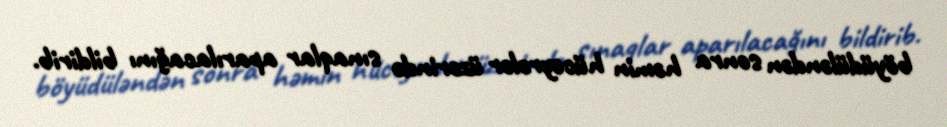
böyüdüləndən sonra həmin hüceyrələr üzərində sınaqlar aparılacağını bildirib.